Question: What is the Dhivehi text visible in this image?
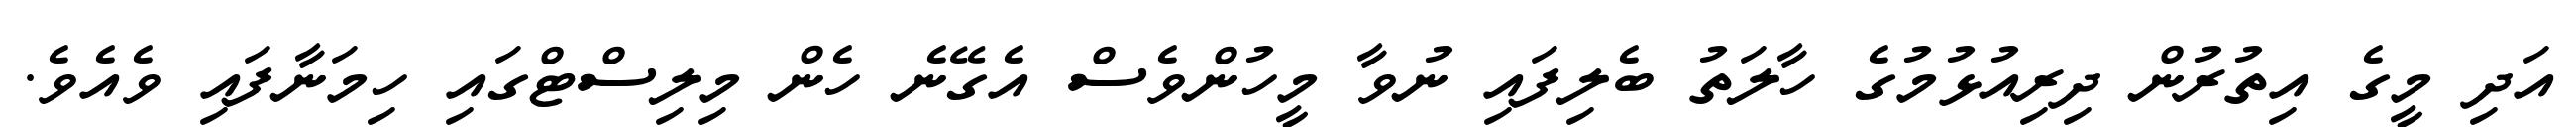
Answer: އަދި މީގެ އިތުރުން ދިރިއުޅުމުގެ ހާލަތު ބެލިފައި ނުވާ މީހުންވެސް އެގޭނެ ހެން މިލިސްޓްގައި ހިމަނާފައި ވެއެވެ.